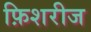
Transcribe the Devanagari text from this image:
फ़िशरीज